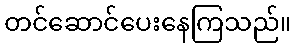
တင်ဆောင်ပေးနေကြသည်။